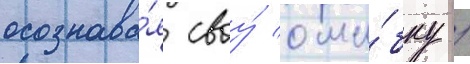
осознава́я своу́ оши́бку /